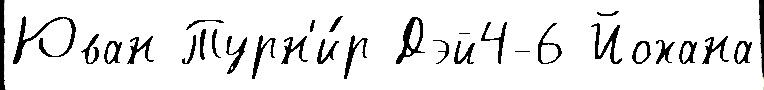
Юван Турн'и́р Дэй4-6 Йохана